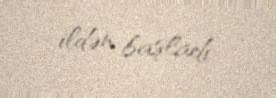
ildən başladı.